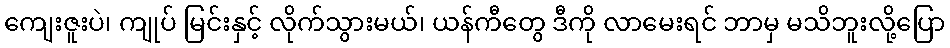
ကျေးဇူးပဲ၊ ကျုပ် မြင်းနှင့် လိုက်သွားမယ်၊ ယန်ကီတွေ ဒီကို လာမေးရင် ဘာမှ မသိဘူးလို့ပြော